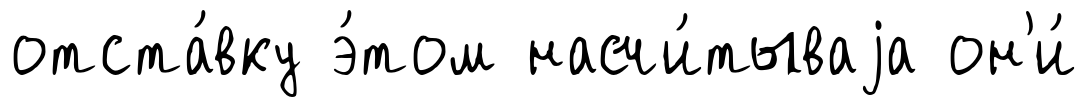
отста́вку э́том насчи́тываjа он'и́